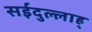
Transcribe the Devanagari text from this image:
सईदुल्लाह्